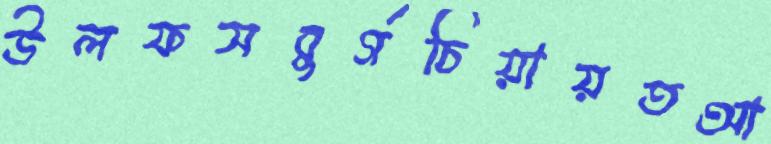
উলফসবুর্গচিয়ায়তআ